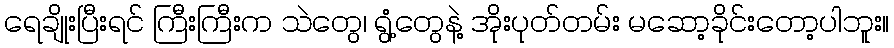
ရေချိုးပြီးရင် ကြီးကြီးက သဲတွေ၊ ရွံ့တွေနဲ့ အိုးပုတ်တမ်း မဆော့ခိုင်းတော့ပါဘူး။